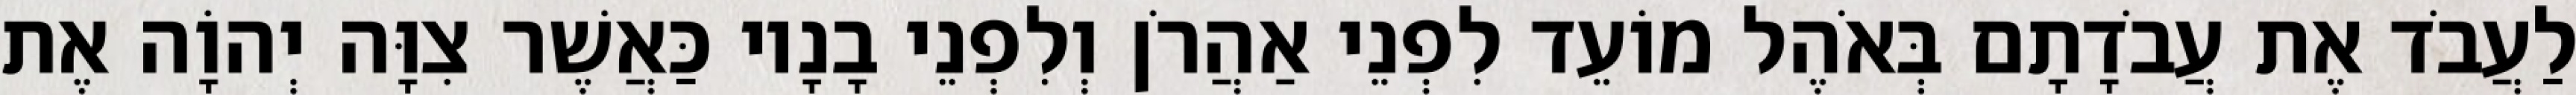
לַעֲבֹד אֶת עֲבֹדָתָם בְּאֹהֶל מוֹעֵד לִפְנֵי אַהֲרֹן וְלִפְנֵי בָנָיו כַּאֲשֶׁר צִוָּה יְהוָֹה אֶת